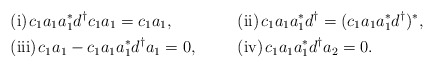
\begin{align*}&\hbox{\rm (i)}\hskip.05truecm c_1a_1a_1^*d^\dag c_1a_1=c_1a_1,& &\hbox{\rm (ii)}\hskip.05truecm c_1a_1a_1^*d^\dag =(c_1a_1a_1^*d^\dag)^*,&\\&\hbox{\rm (iii)}\hskip.05truecm c_1a_1-c_1a_1a_1^*d^\dag a_1=0,& & \hbox{\rm (iv)}\hskip.05truecm c_1a_1a_1^*d^\dag a_2=0.&\\\end{align*}